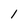
Character: l